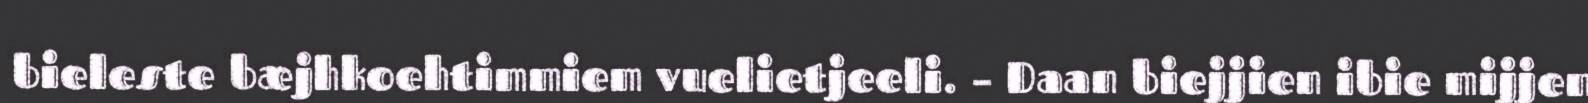
bieleste bæjhkoehtimmiem vuelietjeeli. – Daan biejjien ibie mijjen